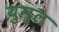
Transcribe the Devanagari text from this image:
युगुल